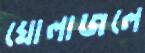
ঘোলাজলে